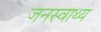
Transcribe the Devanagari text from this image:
जनस्वाथ्य